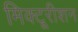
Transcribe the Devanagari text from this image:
मिक्टूरीशन